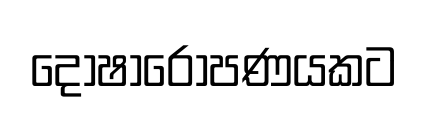
දෝෂාරෝපණයකට